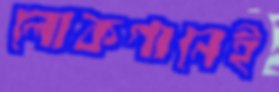
লোকগানেই